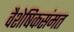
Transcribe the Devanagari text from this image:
वैशेषिकसंमत